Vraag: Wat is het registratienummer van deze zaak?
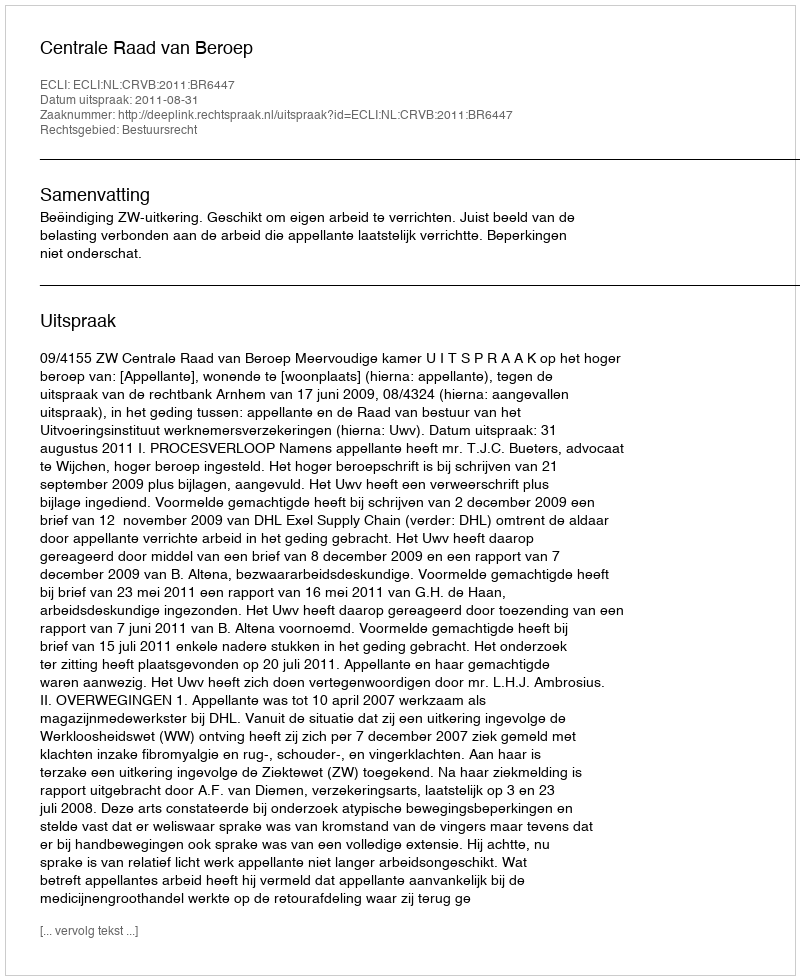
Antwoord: http://deeplink.rechtspraak.nl/uitspraak?id=ECLI:NL:CRVB:2011:BR6447